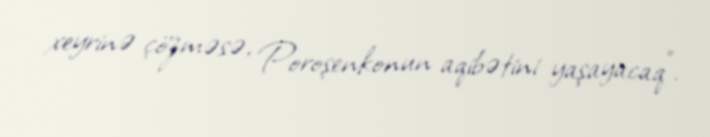
xeyrinə çözməsə, Poroşenkonun aqibətini yaşayacaq”.